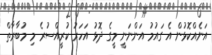
އަނެއްކޮޅުން އެ ގައުމު އަންނަނީ މީގެ ދޮޅު އަހަރު ކުރީއްސުރެ މި މުބާރާތް